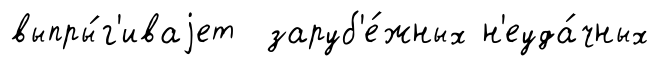
выпры́г'иваjет заруб'е́жных н'еуда́чных